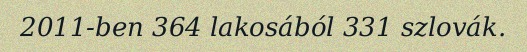
2011-ben 364 lakosából 331 szlovák.